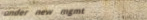
under new mgmt